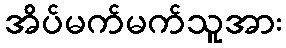
အိပ်မက်မက်သူအား